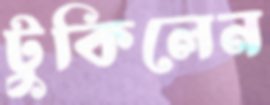
টুকিলেন